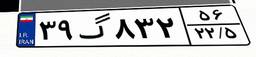
۳۹گ۸۳۲۵۶